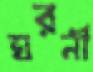
ঘরনী